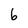
Character: b